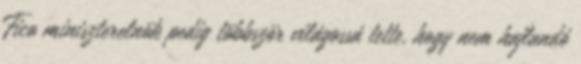
Fico miniszterelnök pedig többször világossá tette, hogy nem hajlandó